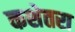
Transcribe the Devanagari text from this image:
कशेतरा